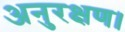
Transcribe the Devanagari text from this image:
अनुरक्षण।